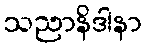
သညာနိဒါနာ